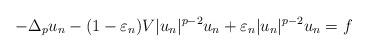
LaTeX: \begin{align*} -\Delta_p u_n - (1-\varepsilon_n)V |u_n|^{p-2} u_n + \varepsilon_n |u_n|^{p-2} u_n = f\end{align*}